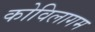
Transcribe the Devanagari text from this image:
कोविलागम